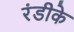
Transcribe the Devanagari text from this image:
रंडीके